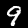
Digit: 9